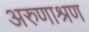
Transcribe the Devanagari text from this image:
अरुणाश्रण